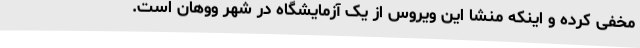
مخفی کرده و اینکه منشا این ویروس از یک آزمایشگاه در شهر ووهان است.